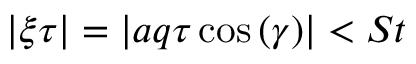
| \xi \tau | = | a q \tau \cos { ( \gamma ) } | < S t